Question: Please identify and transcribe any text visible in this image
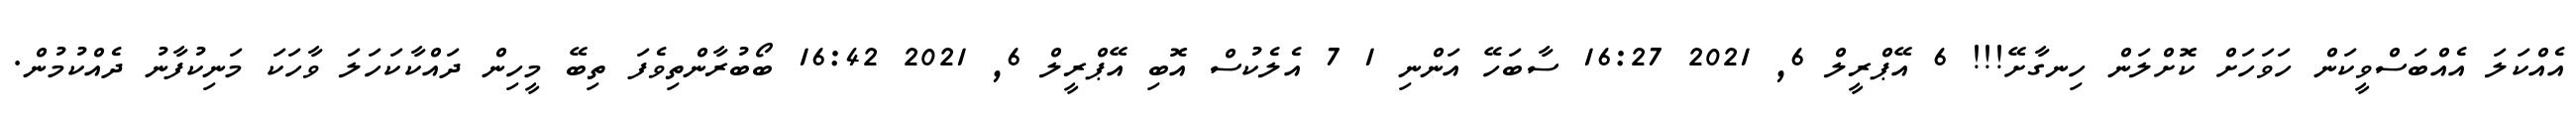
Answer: އެއްކަލަ އެއްބަސްވީކަން ހަވަހަށް ކޮށްލަން ހިނގާށޭ!!! 6 އޭޕްރީލް 6, 2021 16:27 ސާބަހޭ އަންނި 1 7 އެލެކުސް އޮބި އޭޕްރީލް 6, 2021 16:42 ބޯބުރާންތިވެފަ ތިބޭ މީހިން ދައްކާކަހަލަ ވާހަކަ މަނިކުފާނު ދެއްކުމުން.